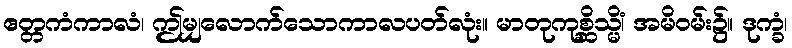
ဧတ္တကံကာလံ၊ ဤမျှလောက်သောကာလပတ်လုံး။ မာတုကုစ္ဆိသ္မိံ၊ အမိဝမ်း၌။ ဒုက္ခံ၊